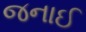
જનાઈ